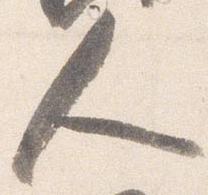
人